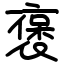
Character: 褒